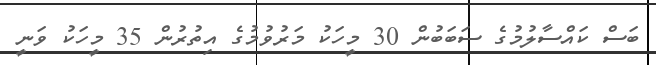
ބަސް ކައްސާލުމުގެ ސަބަބުން 30 މީހަކު މަރުވުމުގެ އިތުރުން 35 މީހަކު ވަނީ